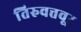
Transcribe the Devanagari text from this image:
तिरुवत्तवूर